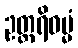
ဥတ္တရိဓမ္မံ